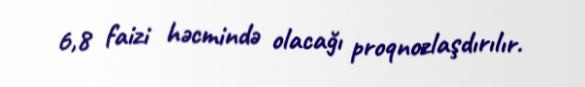
6,8 faizi həcmində olacağı proqnozlaşdırılır.